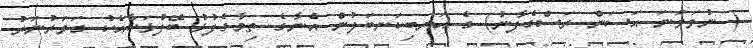
( ނުވަވަނަ ޙަސަން ރަސްގެފާނު) ގެ އަނބިކަނބަލުން އެނާގެ ތިމާގެފުޅު ބޭފުޅަކާއެކު ގަވަރުނަރު